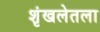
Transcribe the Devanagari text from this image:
शृंखलेतला